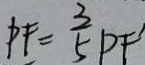
P F = \frac { 3 } { 5 } P F ^ { \prime }